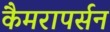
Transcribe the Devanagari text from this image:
कैमरापर्सन